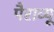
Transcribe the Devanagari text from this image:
पैराव्यू